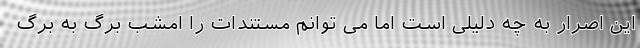
این اصرار به چه دلیلی است اما می توانم مستندات را امشب برگ به برگ